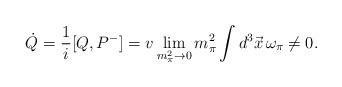
LaTeX: \begin{align*}\dot{Q}=\frac{1}{i}[Q, P^-]= v \lim_{m_{\pi}^2\rightarrow 0} m_{\pi}^2\int d^3\vec{x}\, \omega_{\pi}\neq 0.\end{align*}